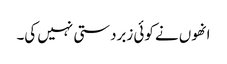
انھوں نے کوئی زبردستی نہیں کی۔